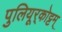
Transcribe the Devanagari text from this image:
पुलियूर्‌कोट्टम्